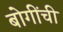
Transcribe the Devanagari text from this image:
बोगींची